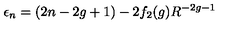
\epsilon _ { n } = ( 2 n - 2 g + 1 ) - 2 f _ { 2 } ( g ) R ^ { - 2 g - 1 }